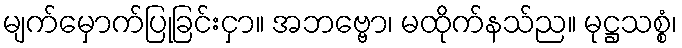
မျက်မှောက်ပြုခြင်းငှာ။ အဘဗ္ဗော၊ မထိုက်နသ်ည။ မုဋ္ဌသစ္စံ၊